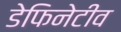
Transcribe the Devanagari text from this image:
डेफिनेटीव